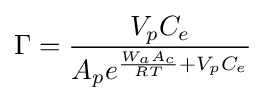
\Gamma ={\frac {V_{p}C_{e}}{A_{p}e^{{\frac {W_{a}A_{c}}{RT}}+V_{p}C_{e}}}}